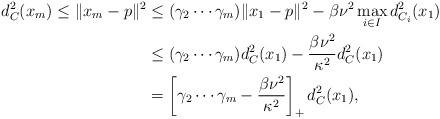
LaTeX: \begin{align*}d^2_C(x_m)\leq\|x_m -p\|^2 &\leq (\gamma_2 \cdots \gamma_m) \|x_1-p\|^2-\beta\nu^2\max_{i\in I}d_{C_i}^2(x_1) \\&\leq (\gamma_2 \cdots \gamma_m) d_C^2(x_1) -\frac{\beta\nu^2}{\kappa^2} d_C^2(x_1) \\&= \left[\gamma_2 \cdots \gamma_m -\frac{\beta\nu^2}{\kappa^2}\right]_+d_C^2(x_1),\end{align*}